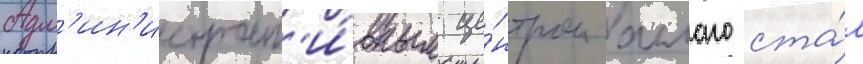
Адм'ин'истрат'и́вным це́нтром аллаго ста́л